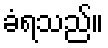
ခံရသည်။